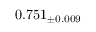
0 . 7 5 1 _ { \pm 0 . 0 0 9 }